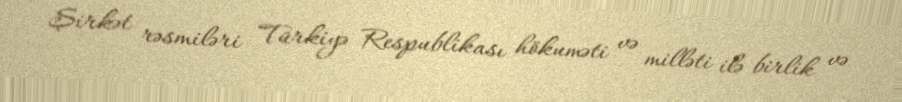
Şirkət rəsmiləri Türkiyə Respublikası hökuməti və milləti ilə birlik və